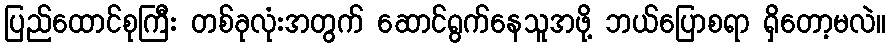
ပြည်ထောင်စုကြီး တစ်ခုလုံးအတွက် ဆောင်ရွက်နေသူအဖို့ ဘယ်ပြောစရာ ရှိတော့မလဲ။